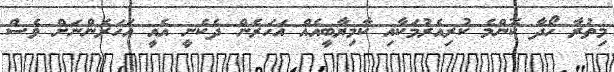
މިތުރާ ހޯދާ ކޮންމެ ކުރިއެރުމަކާއި ކާމިޔާބީއެއް އަހަރެން ދެކެނީ އެއީ އަހަރެންނަށް ވެސް